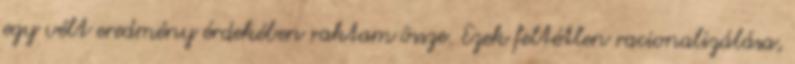
egy vélt eredmény érdekében raktam össze. Ezek feltétlen racionalizálása,